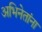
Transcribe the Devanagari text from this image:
अभिनेतांना